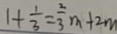
1 + \frac { 1 } { 3 } = \frac { 2 } { 3 } m + 2 m